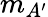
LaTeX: m_{A^{\prime}}